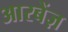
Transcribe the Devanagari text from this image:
आरबेंज़